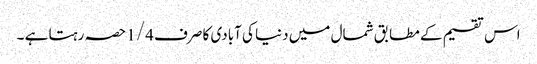
اس تقسیم کے مطابق شمال میں دنیا کی آبادی کا صرف 1/4 حصہ رہتا ہے ۔